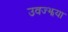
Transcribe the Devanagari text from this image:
उवज्झया